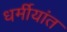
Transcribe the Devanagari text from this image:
धर्मीयांत